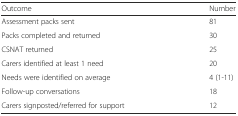
| Outcome | Number |
 | --- | --- |
 | Assessment packs sent | 81 |
 | Packs completed and returned | 30 |
 | CSNAT returned | 25 |
 | Carers identified at least 1 need | 20 |
 | Needs were identified on average | 4 (1-11) |
 | Follow-up conversations | 18 |
 | Carers signposted/referred for support | 12 |